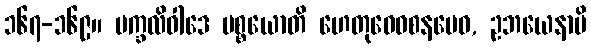
၁၆၇-၁၆၉။ မက္ခလိဝါဒေ ပစ္စယောတိ ဟေတုဝေဝစနမေဝ, ဥဘယေနာပိ